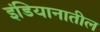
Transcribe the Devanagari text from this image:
इंडियानातील